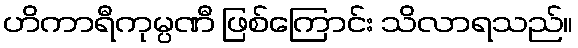
ဟိကာရီကုမ္ပဏီ ဖြစ်ကြောင်း သိလာရသည်။